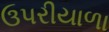
ઉપરીયાળા